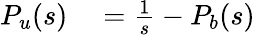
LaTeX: \begin{array}{rl}{{P}_{u}(s)}&{{}=\frac{1}{s}-{P}_{b}(s)}\end{array}